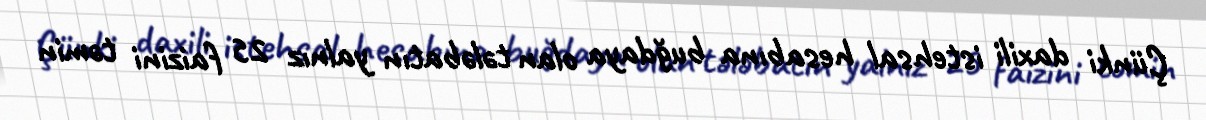
Çünki daxili istehsal hesabına buğdaya olan tələbatın yalnız 25 faizini təmin